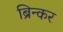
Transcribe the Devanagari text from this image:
ब्रिन्कर